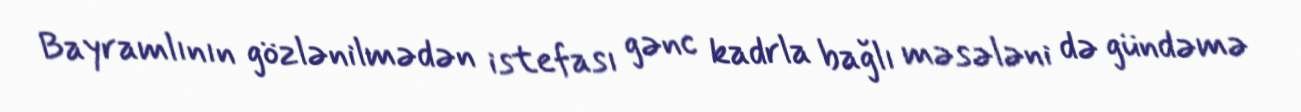
Bayramlının gözlənilmədən istefası gənc kadrla bağlı məsələni də gündəmə